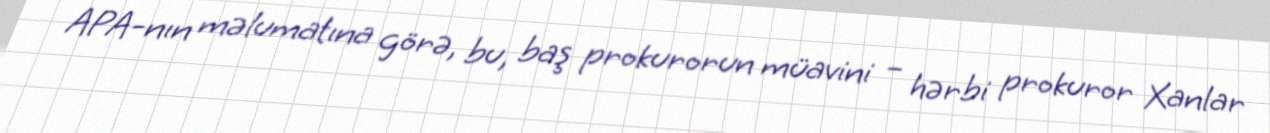
APA-nın məlumatına görə, bu, baş prokurorun müavini – hərbi prokuror Xanlar